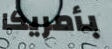
بأمريكا